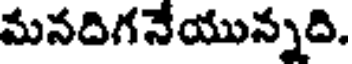
మనదిగనేయున్నది.